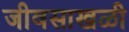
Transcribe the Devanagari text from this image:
जीवसाखळी